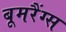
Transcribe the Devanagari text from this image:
बूमरैंग्स